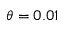
\theta = 0 . 0 1